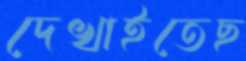
দেখাইতেছ